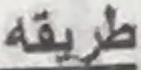
طريقه